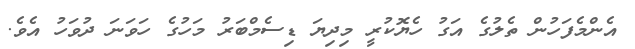
އެންމެފަހުން ތެލުގެ އަގު ހެޔޮކުރީ މިދިޔަ ޑިސެމްބަރު މަހުގެ ހަވަނަ ދުވަހު އެވެ.